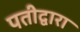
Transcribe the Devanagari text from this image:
पतीद्वारा